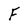
Character: F